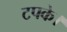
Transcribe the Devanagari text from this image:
टपके।